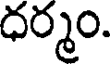
ధర్మం.